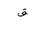
Letter: _qaf